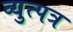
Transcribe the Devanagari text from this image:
व्युत्पत्र